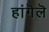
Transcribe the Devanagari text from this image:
हांगॆलॆ